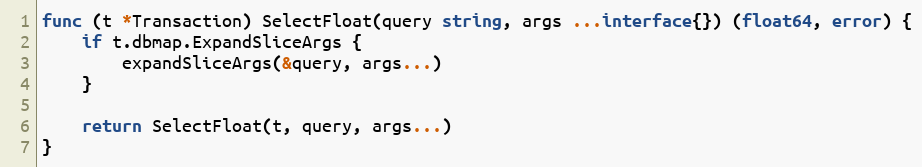
Language: Go
func (t *Transaction) SelectFloat(query string, args ...interface{}) (float64, error) {
	if t.dbmap.ExpandSliceArgs {
		expandSliceArgs(&query, args...)
	}

	return SelectFloat(t, query, args...)
}